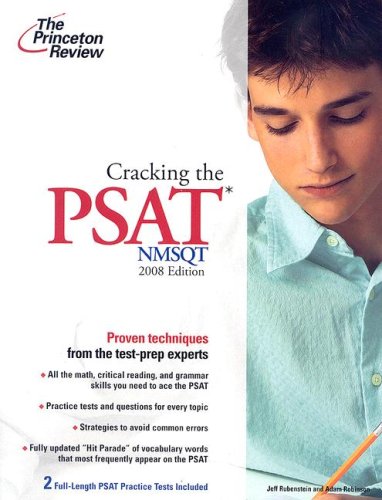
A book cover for Cracking the PSAT/NMSQT, 2008 Edition (College Test Preparation); Princeton Review; Test Preparation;